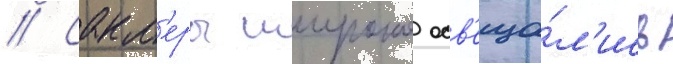
// Сакл'еры широко осв'еща́л'ись